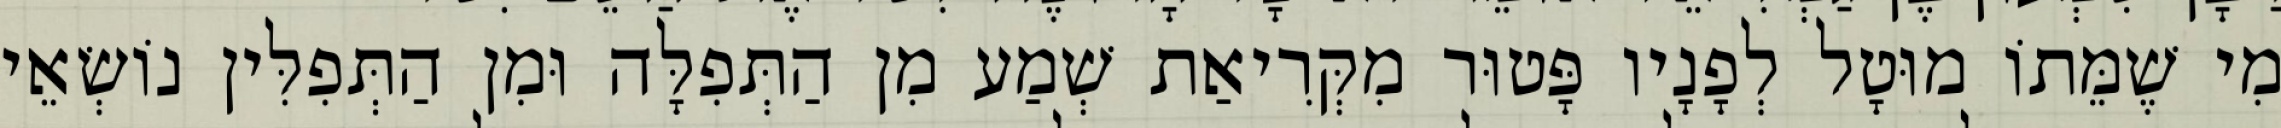
מִי שֶׁמֵּתוֹ מוּטָל לְפָנָיו פָּטוּר מִקְּרִיאַת שְׁמַע מִן הַתְּפִלָּה וּמִן הַתְּפִלִּין נוֹשְׂאֵי